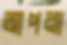
আপনা